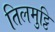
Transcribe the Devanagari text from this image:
तिलमुट्ठि